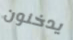
يدخنون